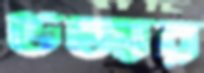
উজার